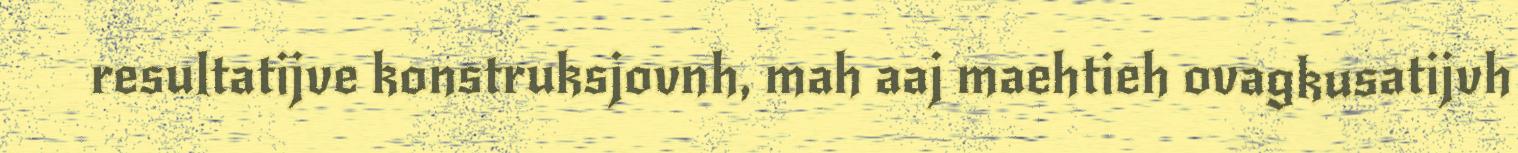
resultatijve konstruksjovnh, mah aaj maehtieh ovagkusatijvh